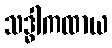
သဒ္ဓါကထာယ